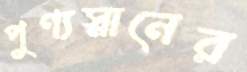
পুণ্যস্নানের